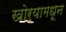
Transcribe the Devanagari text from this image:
खोर्‍यामधून